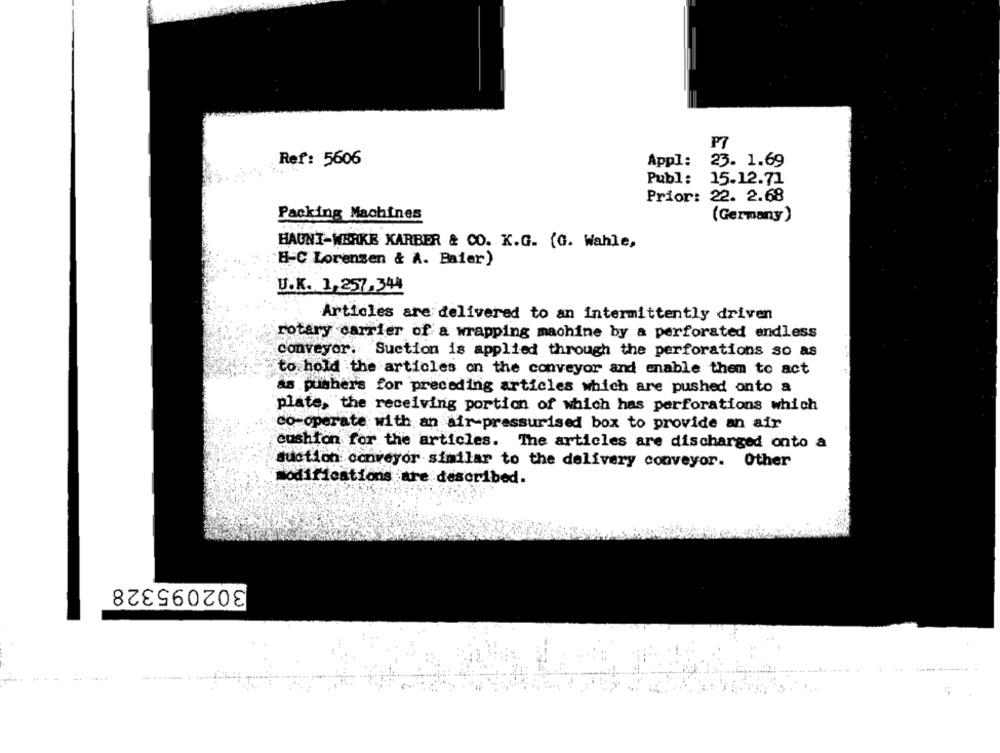
Ref: 5606
Appl:
23. 1.69
Publ:
15.12.71
Prior: 22. 2.68
Packing Machines
(Germany)
HAUNI-WERKE KARBER & CO. K.G. (G. Wahle,
B-C Lorenzen & A. Baier)
U.K. 1,257,344
Articles are delivered to an intermittently driven
rotary carrier of a wrapping machine by a perforated endless
conveyor. Suction is applied through the perforations so as
to hold the articles on the conveyor and enable them to act
as pushers for preceding articles which are pushed onto a
plate, "the receiving portion of which has perforations which
co-operate with an air-pressurised box to provide an air
cushion for the articles. The articles are discharged onto a
suction conveyor similar to the delivery conveyor. Other
Modifications are described.
302095328